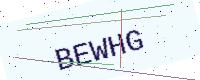
Text: BEWHG